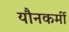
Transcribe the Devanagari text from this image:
यौनकर्मी